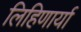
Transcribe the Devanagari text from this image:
लिहिणार्या